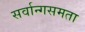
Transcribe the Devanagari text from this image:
सर्वान्गसमता